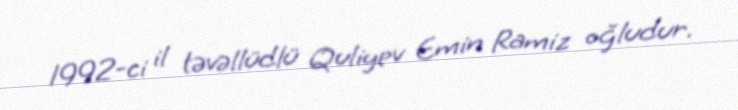
1992-ci il təvəllüdlü Quliyev Emin Ramiz oğludur.